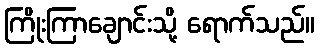
ကြိုးကြာချောင်းသို့ ရောက်သည်။